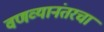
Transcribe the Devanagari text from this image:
वणव्यानंतरचा